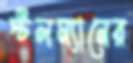
স্টলম্যানের